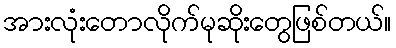
အားလုံးတောလိုက်မုဆိုးတွေဖြစ်တယ်။